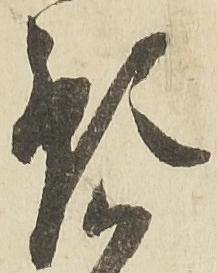
預